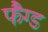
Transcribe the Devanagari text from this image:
फैंग्ड